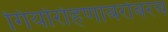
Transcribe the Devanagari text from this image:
गिर्यारोहणाबरोबरच